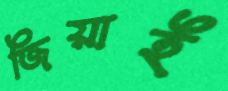
জিয়াই